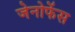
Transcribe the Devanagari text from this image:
जेनोफेंस